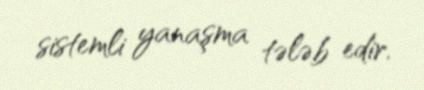
sistemli yanaşma tələb edir.